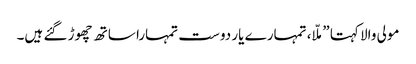
مولی والا کہتا ”ملّا، تمہارے یار دوست تمہارا ساتھ چھوڑ گئے ہیں۔